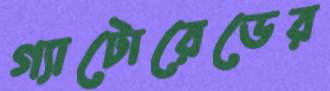
গ্যাটোরেডের